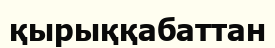
қырыққабаттан